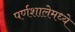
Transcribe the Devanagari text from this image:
पर्णशालेमध्ये